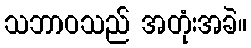
သဘာဝသည် အတုံးအခဲ။